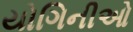
યોગિનીઓ